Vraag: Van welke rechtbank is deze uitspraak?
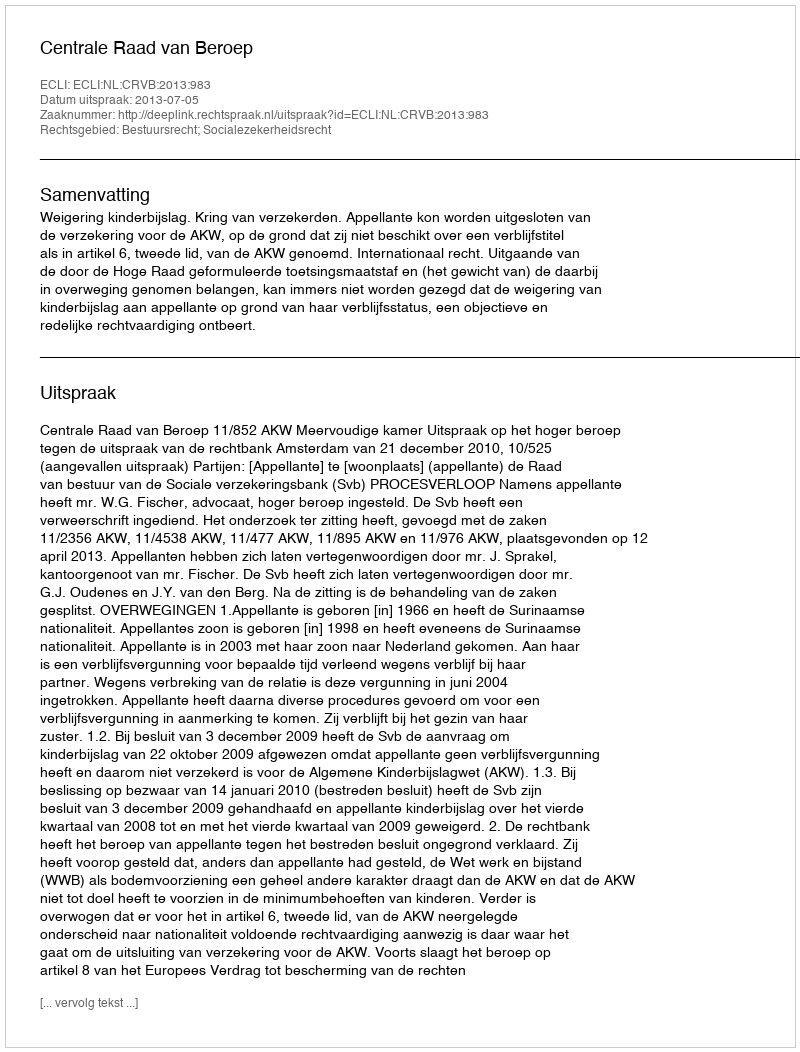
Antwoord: Centrale Raad van Beroep